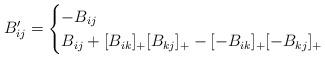
LaTeX: \begin{align*}B'_{ij} =\begin{cases}-B_{ij} & \\B_{ij} + [B_{ik}]_+ [B_{kj}]_+ - [-B_{ik}]_+ [-B_{kj}]_+ & \end{cases}\end{align*}